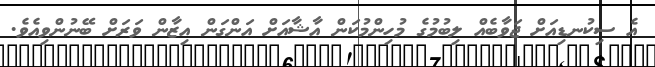
އެ ސިކުނޑިއަށް ޖަވާބެއް ލިބުމުގެ މުހިންމުކަން އާޝާއަށް އަންގަން އިޒާން ވަރަށް ބޭނުންވިއެވެ.